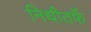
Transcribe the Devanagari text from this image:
निधीतर्फे